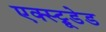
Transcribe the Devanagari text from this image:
एक्स्ट्रूडेड